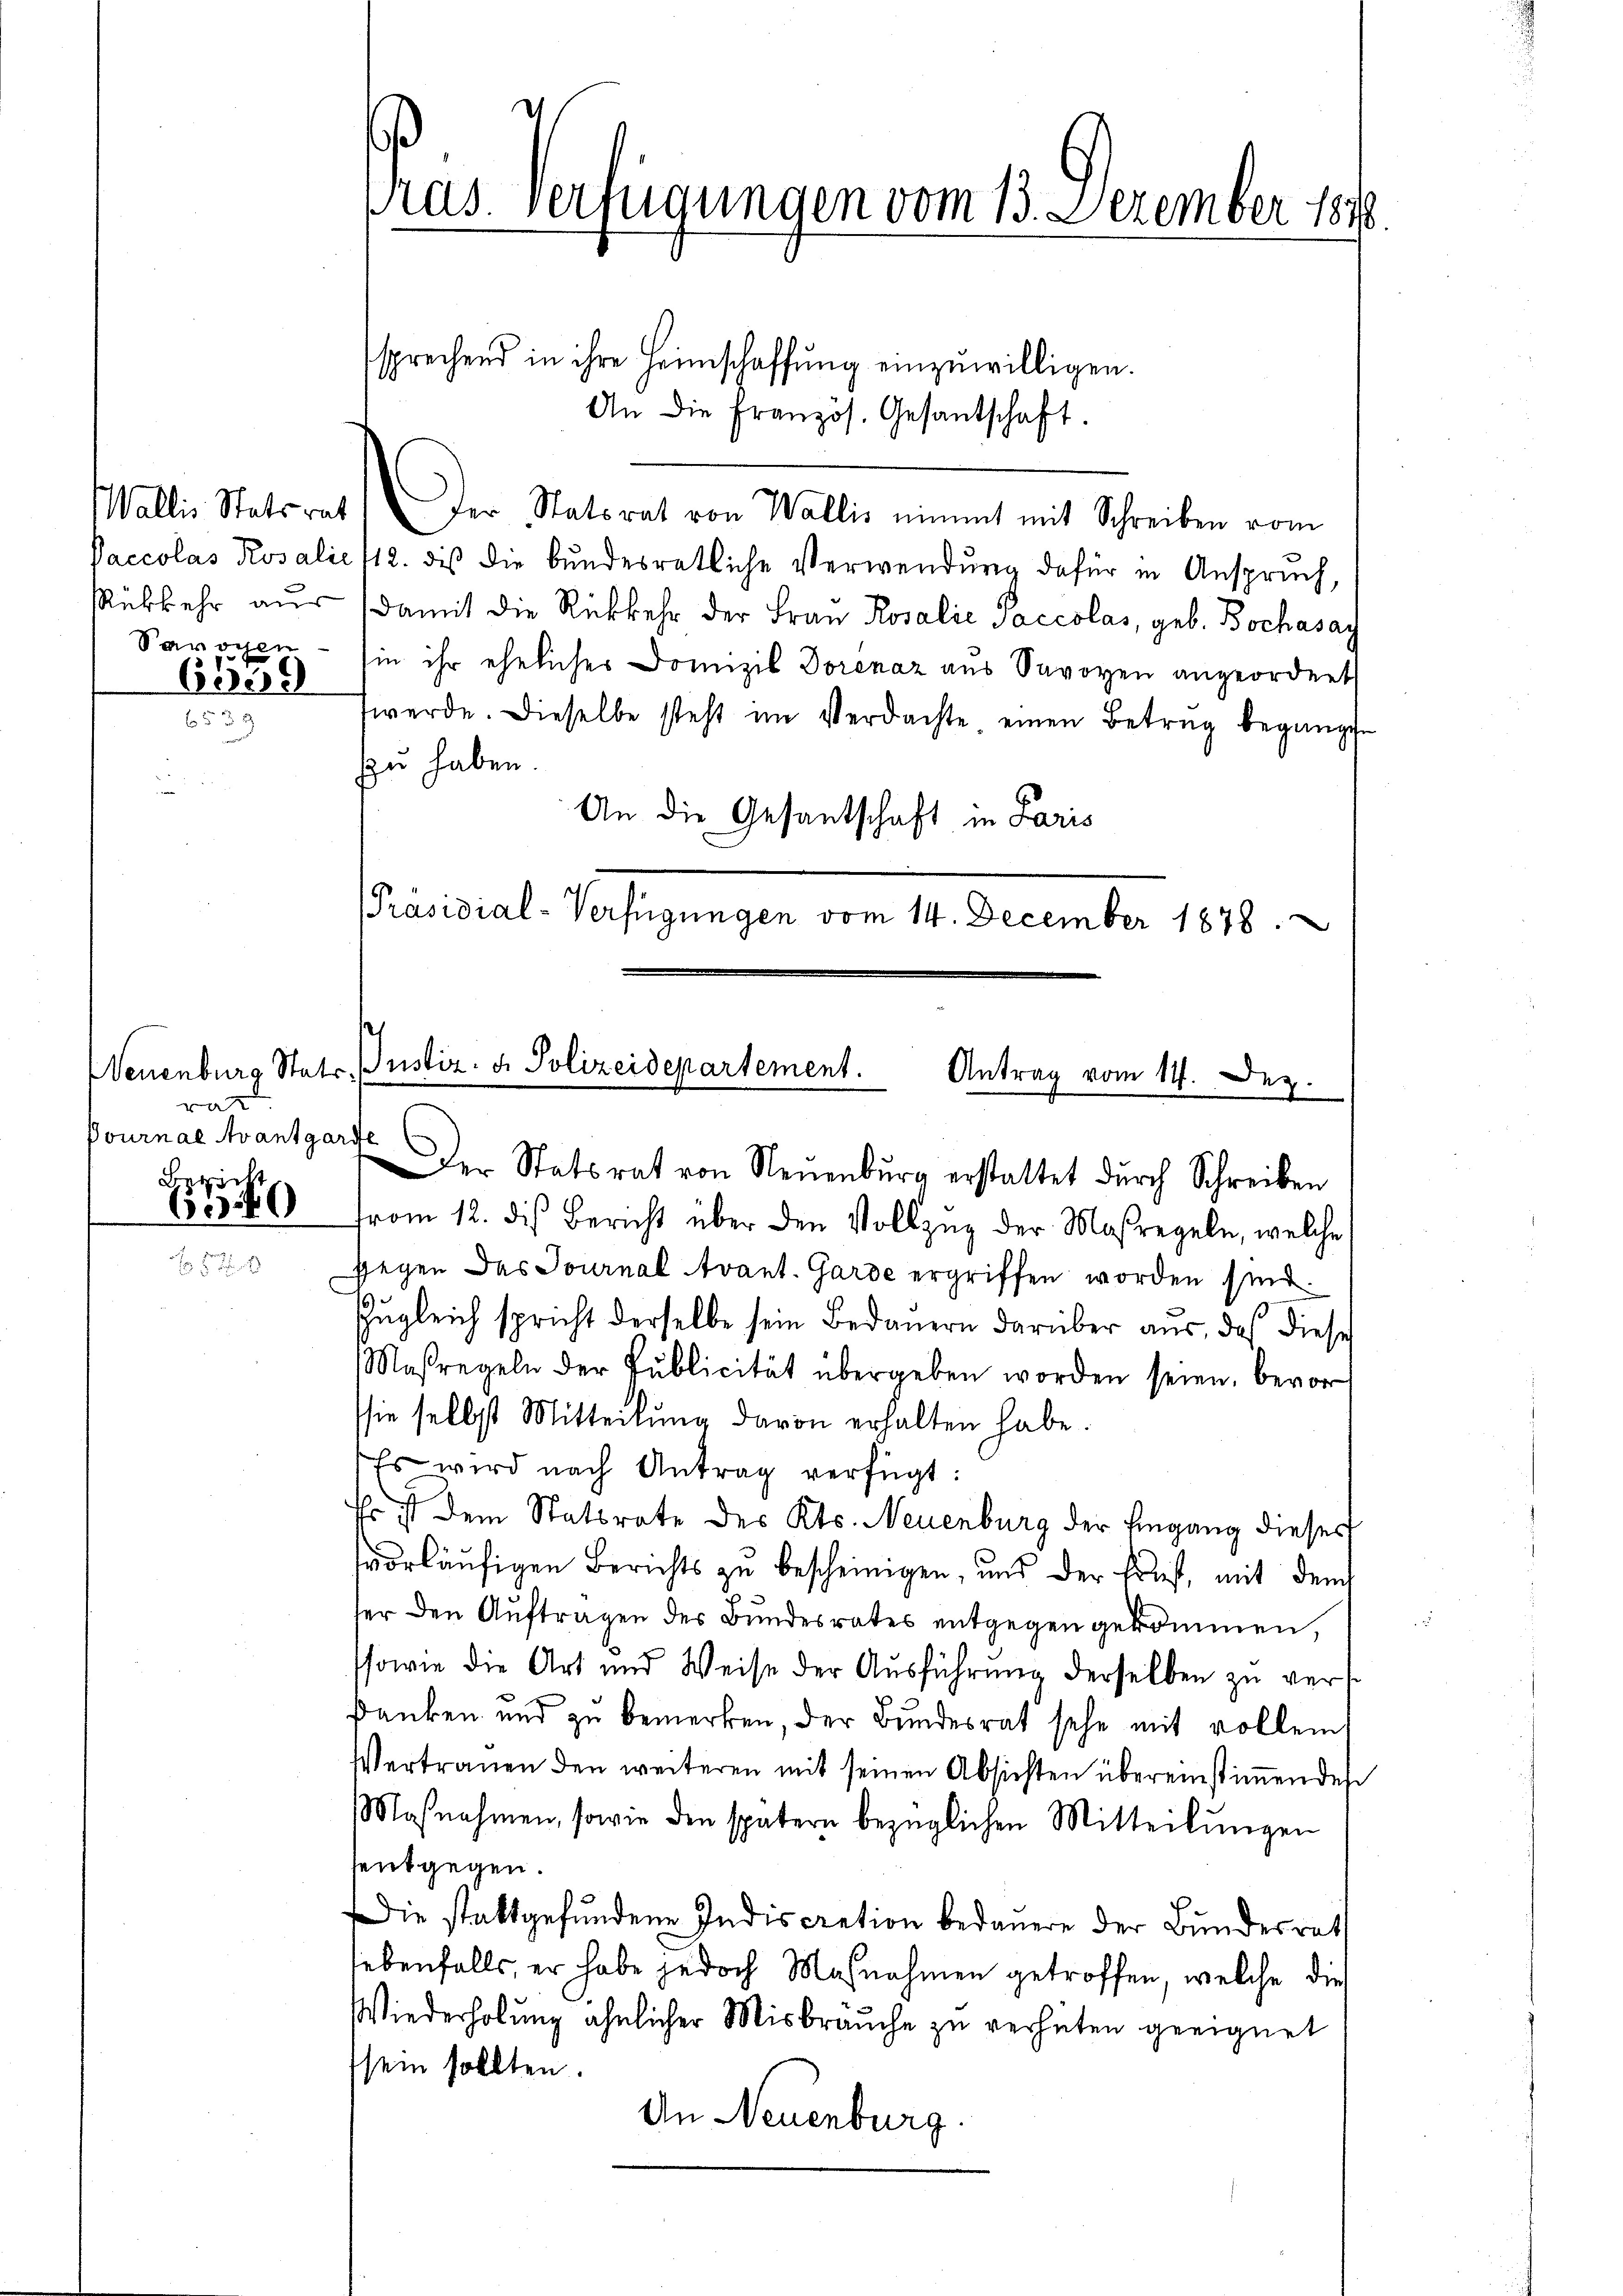
Savoyen

1539

rat
Pournal Avantgarde

Bericht
6.40

us. Verfügungen vom 13. Dezember 1810.
.

sprechend in ihre Heimschaffung einzuwilligen.
An die Französ. Gesantschaft.
Wallis Statsrat. Der Statsrat von Wallis nimmt mit Schreiben vom
Paccolas Rosalie /12. des die bundesratliche Verwendŭng dafür in Anspruch,
Rükkehr aŭs (damit die Rückkehr der Frau Rosalie Saccolas, geb. Bochasach
in ihr ehelicher Domizil Dorenaz aus Savoyen angeordnet
werde. Dieselbe steht im Verdachte einen Betrug begange
zu haben.
An die Gesandschaft in Paris
[Präsidial-Verfügungen vom 14. December 1878.

Neuenburg Stats Justiz- u. Polizeidepartement.
Antrag vom 14. Dez.

Der Statsrat von Neuenburg erstattet durch Schreiben
from 12. des Bericht über den Vollzŭg der Maßregeln, welche
gegen das Journal Avant. Garde ergriffen worden sind.
zŭgleich spricht derselbe sein Bedauern darüber aus, daß diese
Maßregeln der Publicität übergeben worden seien, bevor
sie selbst Mitteilŭng davon erhalten habe.
Es wird nach Antrag verfügt:
Pr. ist dem Statsrate des Kts. Neuenburg der Eingang dieser
vorläufigen Berichts zu bescheinigen, und der Ernst, mit dem
ter den Auftragen des Bundesrates entgegen gekommen,
ssowie die Art und Weise der Aŭsführŭng derselben zŭ vers¬
Danken und zu bemerken, der Bundesrat sehe mit vollem
Vertrauen den weiteren mit seinen Absichten übereinstimmendes
Maβnahmen, sowie den spätern bezüglichen Mitteilŭngen
entgegen.
Die stattgefundene Indiscretion bedauere der Bundesrath
lebenfalls, er habe jedoch Maßnahmen getroffen, welche dies
Wiederholung ähnlicher Misbräuche zu verhüten geeignet
sein sollten.
An Neuenburg.